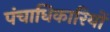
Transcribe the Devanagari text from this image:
पंचाधिकारियों